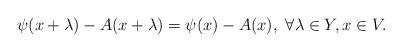
LaTeX: \begin{align*}\psi(x+\lambda)-A(x+\lambda)=\psi(x)-A(x),\ \forall \lambda\in Y, x\in V.\end{align*}